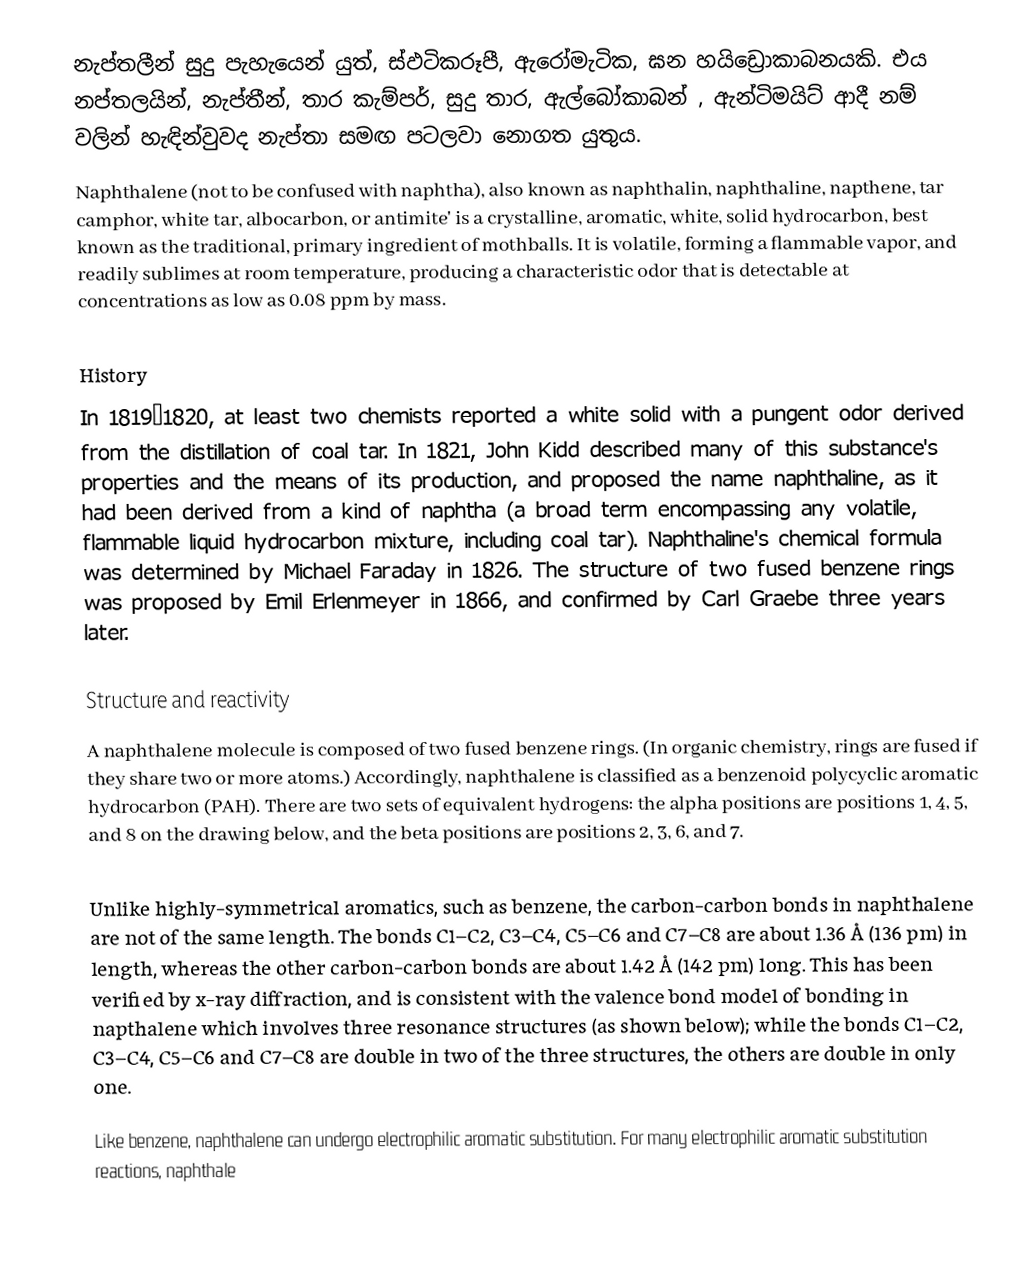
නැප්තලීන් සුදු පැහැයෙන් යුත්, ස්ඵටිකරූපී, ඇරෝමැටික, ඝන හයිඩ්‍රොකාබනයකි. එය නප්තලයින්, නැප්තීන්, තාර කැම්පර්, සුදු තාර, ඇල්බෝකාබන් , ඇන්ටිමයිට් ආදී නම් වලින් හැඳින්වුවද නැප්තා සමඟ පටලවා නොගත යුතුය.
Naphthalene (not to be confused with naphtha), also known as naphthalin, naphthaline, napthene, tar camphor, white tar, albocarbon, or antimite' is a crystalline, aromatic, white, solid hydrocarbon, best known as the traditional, primary ingredient of mothballs.  It is volatile, forming a flammable vapor, and readily sublimes at room temperature, producing a characteristic odor that is detectable at concentrations as low as 0.08 ppm by mass.

 History
In 1819–1820, at least two chemists reported a white solid with a pungent odor derived from the distillation of coal tar. In 1821, John Kidd described many of this substance's properties and the means of its production, and proposed the name naphthaline, as it had been derived from a kind of naphtha (a broad term encompassing any volatile, flammable liquid hydrocarbon mixture, including coal tar).  Naphthaline's chemical formula was determined by Michael Faraday in 1826. The structure of two fused benzene rings was proposed by Emil Erlenmeyer in 1866, and confirmed by Carl Graebe three years later.

 Structure and reactivity
A naphthalene molecule is composed of two fused benzene rings.  (In organic chemistry, rings are fused if they share two or more atoms.)  Accordingly, naphthalene is classified as a benzenoid polycyclic aromatic hydrocarbon (PAH).  There are two sets of equivalent hydrogens: the alpha positions are positions 1, 4, 5, and 8 on the drawing below, and the beta positions are positions 2, 3, 6, and 7.

Unlike highly-symmetrical aromatics, such as benzene, the carbon-carbon bonds in naphthalene are not of the same length. The bonds C1–C2, C3–C4, C5–C6 and C7–C8 are about 1.36 Å (136 pm) in length, whereas the other carbon-carbon bonds are about 1.42 Å (142 pm) long. This has been verified by x-ray diffraction, and is consistent with the valence bond model of bonding in napthalene which involves three resonance structures (as shown below); while the bonds C1–C2, C3–C4, C5–C6 and C7–C8 are double in two of the three structures, the others are double in only one.

Like benzene, naphthalene can undergo electrophilic aromatic substitution. For many electrophilic aromatic substitution reactions, naphthale